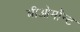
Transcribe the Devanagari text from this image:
बीओमॉन्ट